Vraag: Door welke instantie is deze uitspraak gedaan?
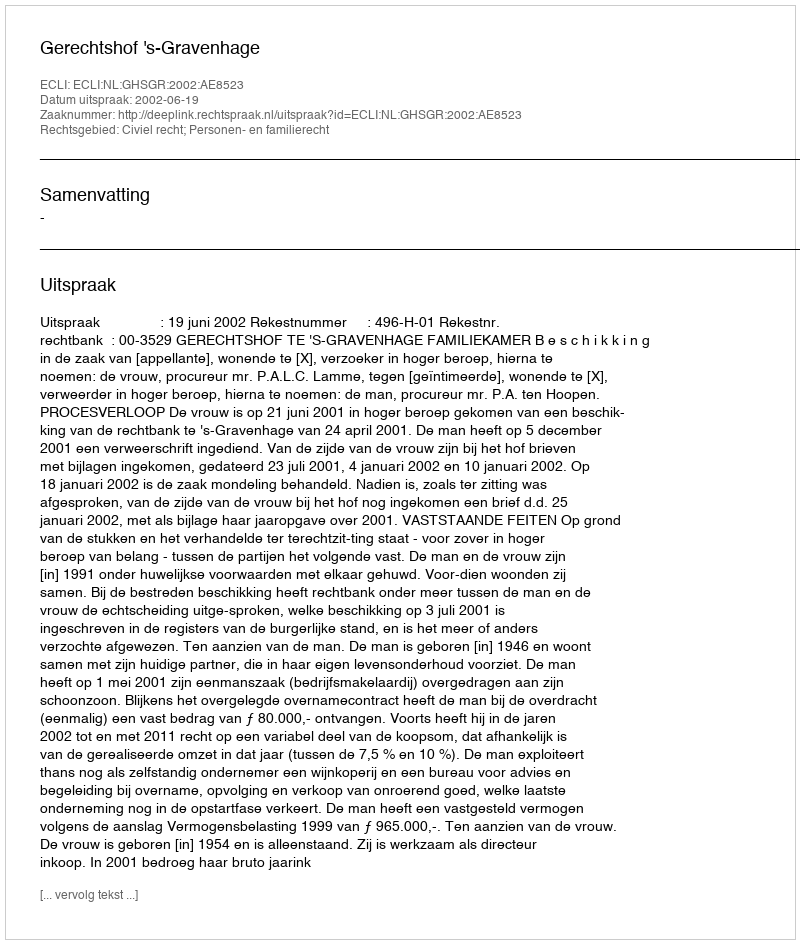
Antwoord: Gerechtshof 's-Gravenhage